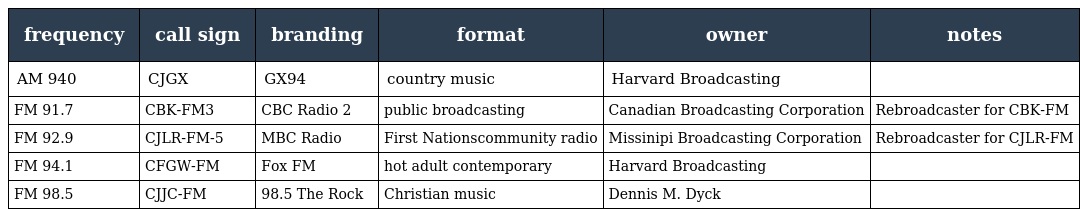
| frequency | call sign | branding | format | owner | notes |
 | --- | --- | --- | --- | --- | --- |
 | AM 940 | CJGX | GX94 | country music | Harvard Broadcasting |  |
 | FM 91.7 | CBK-FM3 | CBC Radio 2 | public broadcasting | Canadian Broadcasting Corporation | Rebroadcaster for CBK-FM |
 | FM 92.9 | CJLR-FM-5 | MBC Radio | First Nationscommunity radio | Missinipi Broadcasting Corporation | Rebroadcaster for CJLR-FM |
 | FM 94.1 | CFGW-FM | Fox FM | hot adult contemporary | Harvard Broadcasting |  |
 | FM 98.5 | CJJC-FM | 98.5 The Rock | Christian music | Dennis M. Dyck |  |